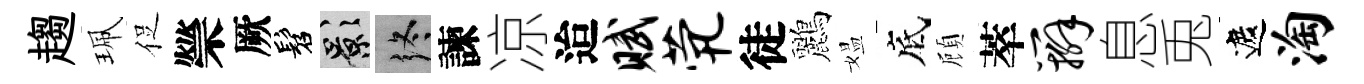
趨珮促禜厥髫影终諫凉迨赋茕徒鸝媪底頋萃辫息兎遮淘